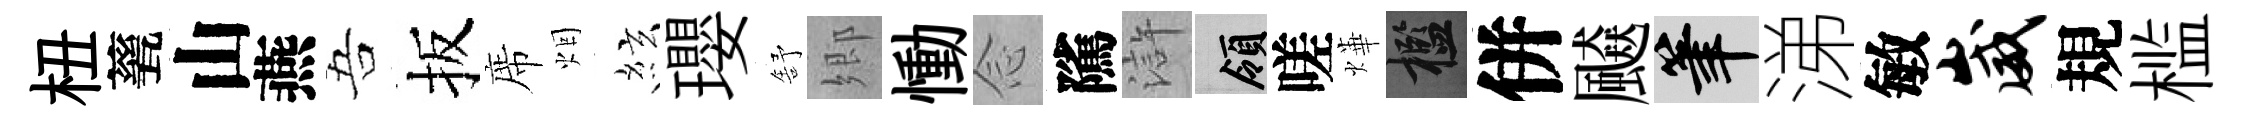
杻甆山燕吾扳席烟絃瓔舒郷慟𫝹隲滸領嗟燁檻併飇筆涕敏崴規槛